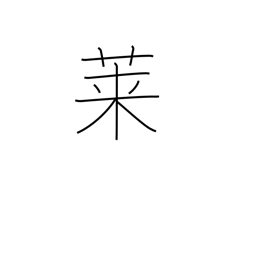
Meaning: goosefoot